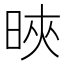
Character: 𣇍